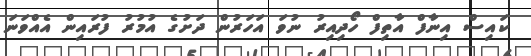
ކައިސް އިނާފް އާތިފް ހޯދިއިރު ނުވަ އަހަރުން ދަށުގެ އުމުރު ފުރައިން އެއްވަނަ